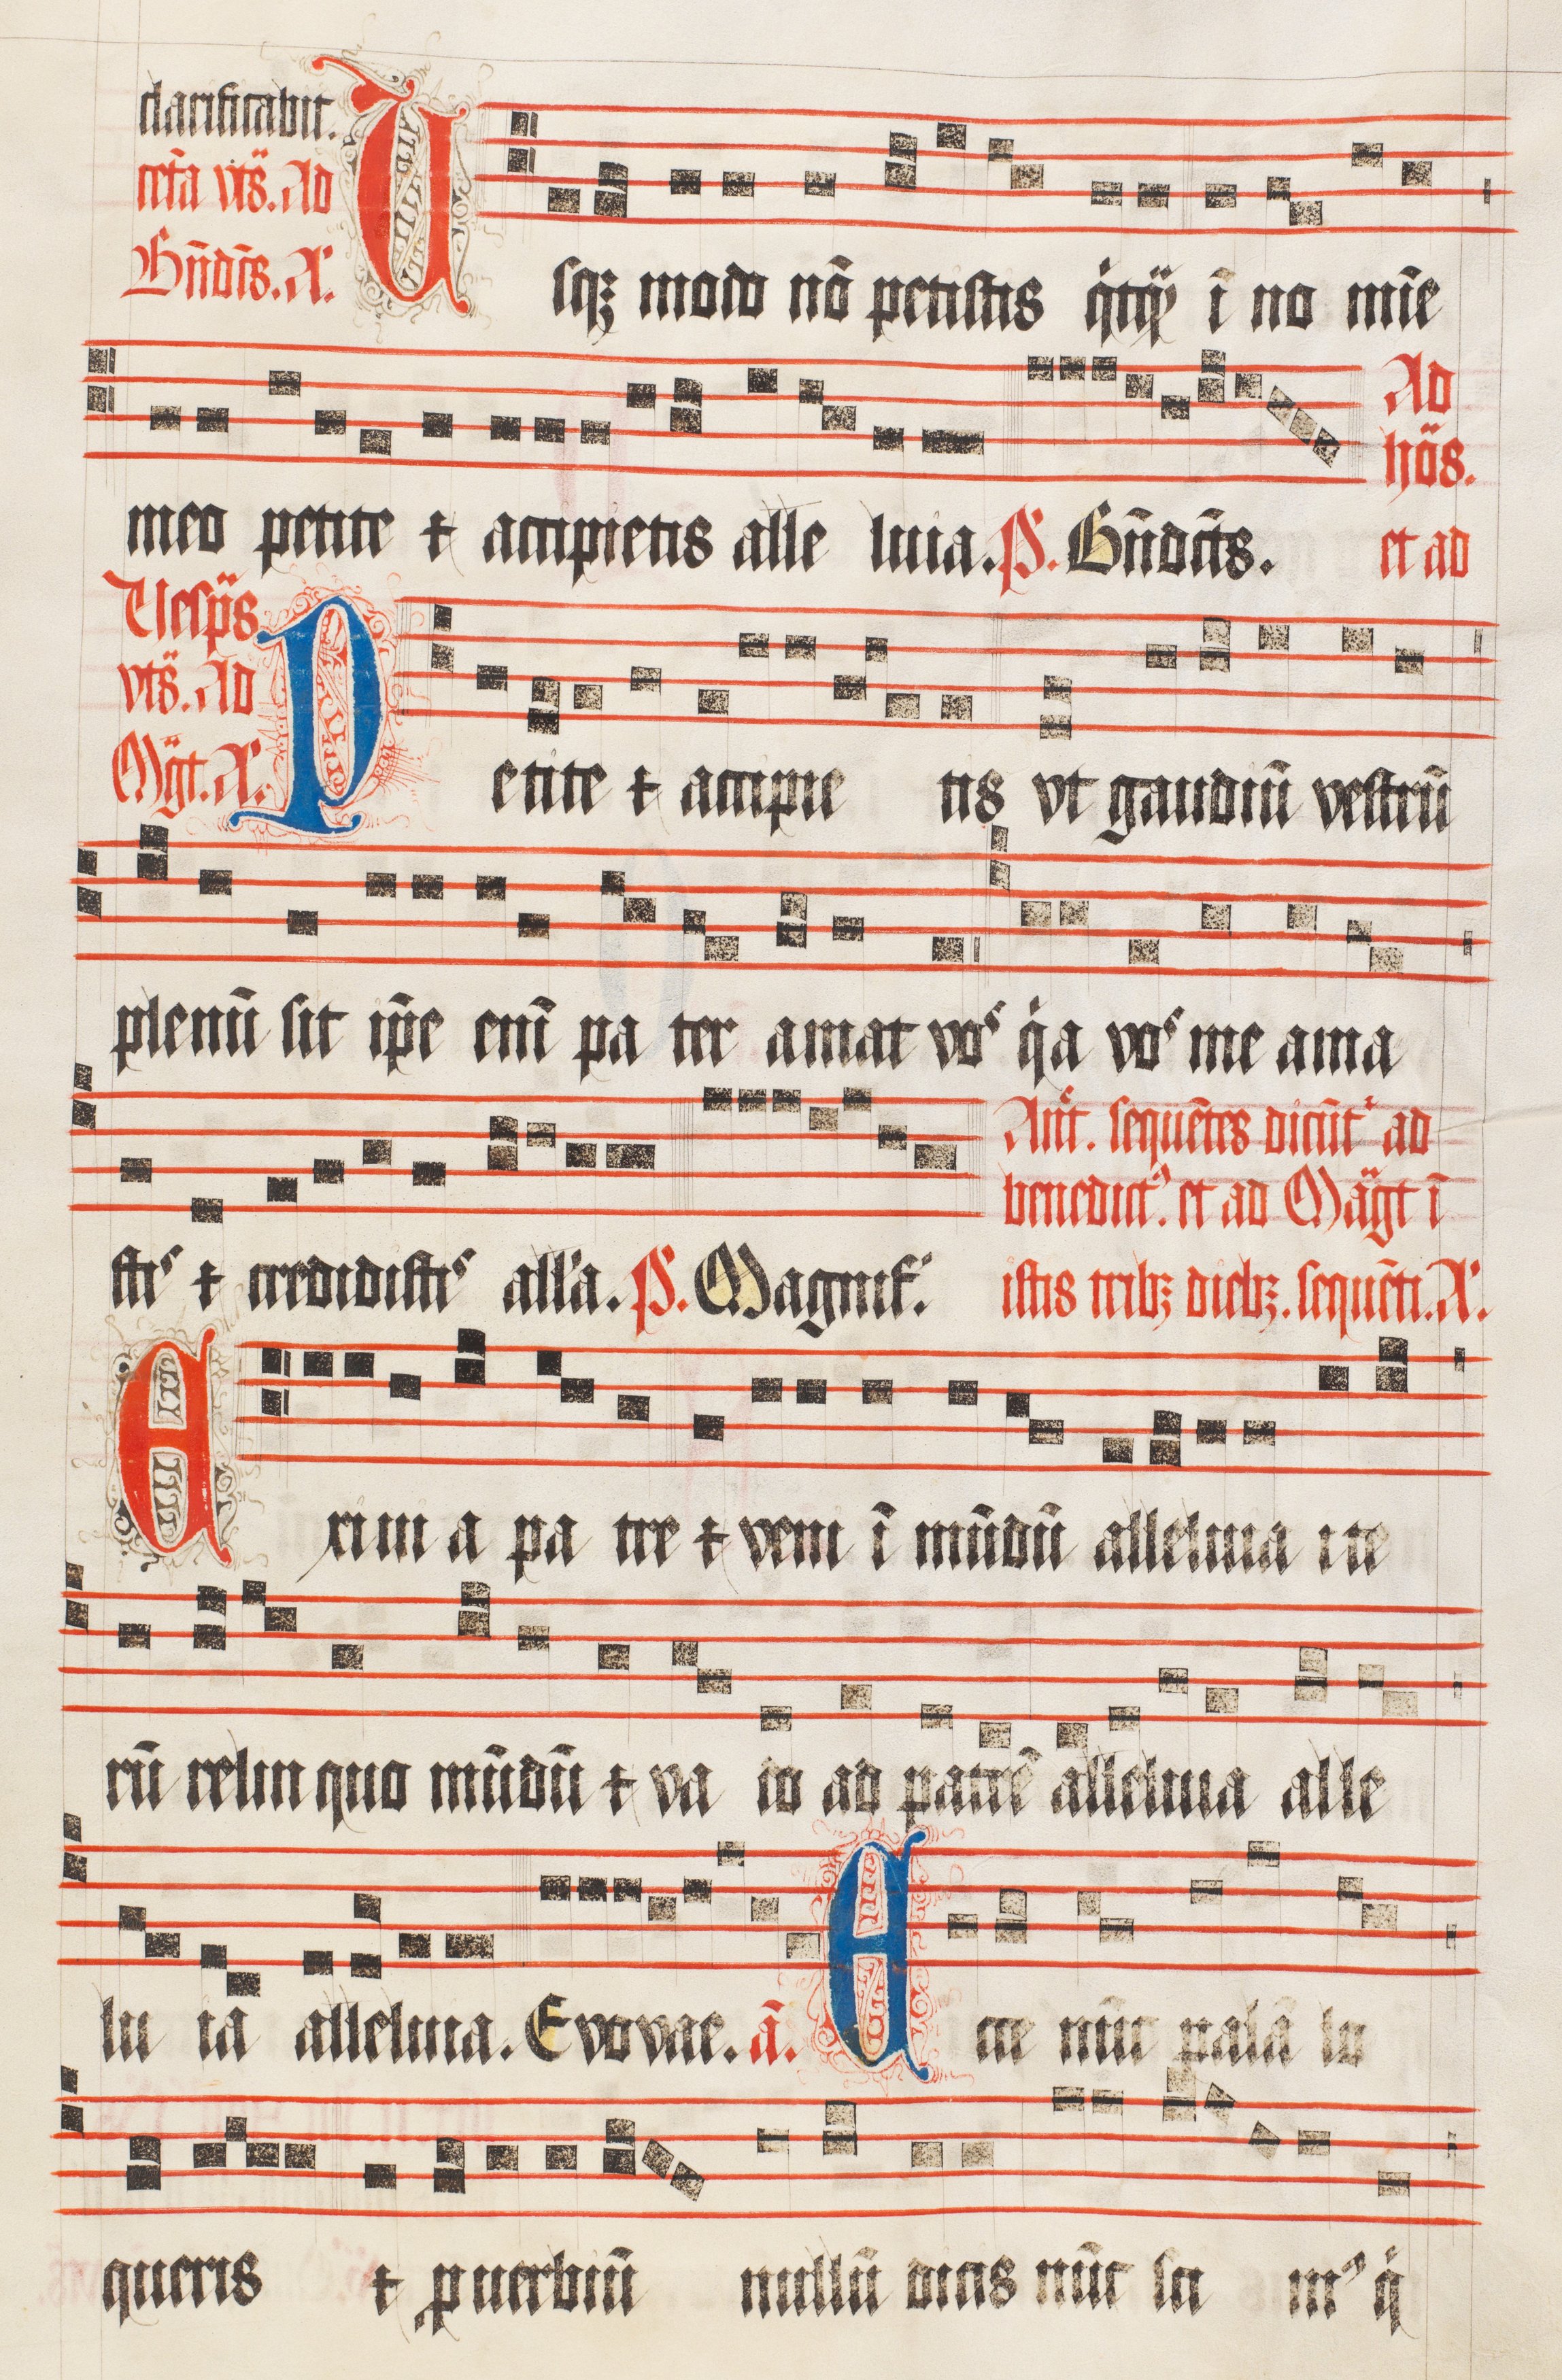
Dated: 1509–1517